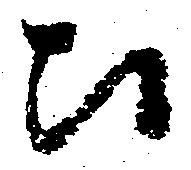
以